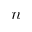
n